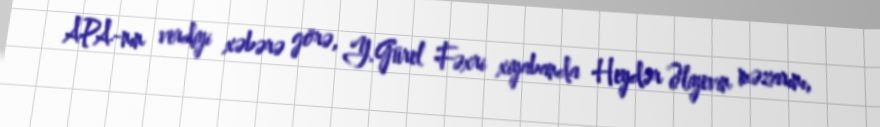
APA-nın verdiyi xəbərə görə, Y.Gürel Fəxri xiyabanda Heydər Əliyevin məzarını,